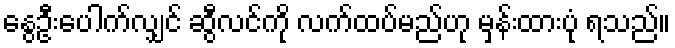
နွေဦးပေါက်လျှင် ဆွီလင်ကို လက်ထပ်မည်ဟု မှန်းထားပုံ ရသည်။